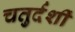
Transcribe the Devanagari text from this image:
चतुर्दर्शी